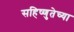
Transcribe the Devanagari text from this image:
सहिष्णुतेच्या